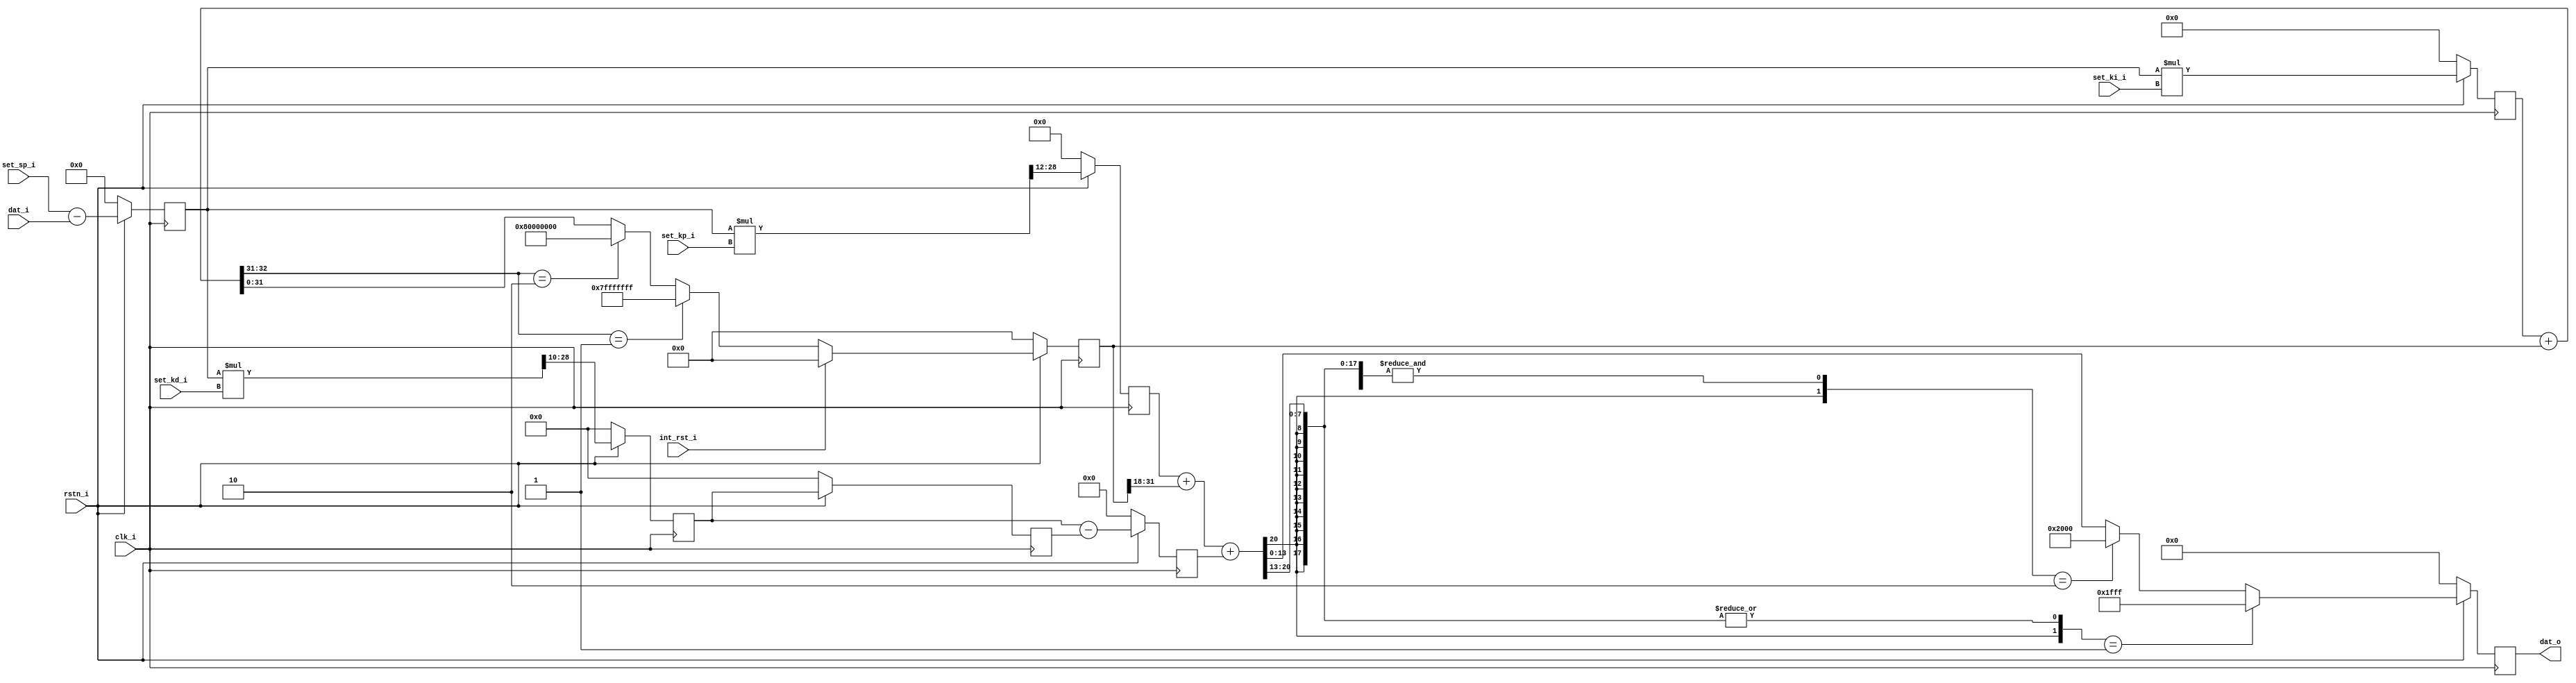
/**
 * $Id: red_pitaya_pid_block.v 961 2014-01-21 11:40:39Z matej.oblak $
 *
 * @brief Red Pitaya PID controller.
 *
 * @Author Matej Oblak
 *
 * (c) Red Pitaya  http://www.redpitaya.com
 *
 * This part of code is written in Verilog hardware description language (HDL).
 * Please visit http://en.wikipedia.org/wiki/Verilog
 * for more details on the language used herein.
 */



/**
 * GENERAL DESCRIPTION:
 *
 * Proportional-integral-derivative (PID) controller.
 *
 *
 *        /---\         /---\      /-----------\
 *   IN --| - |----+--> | P | ---> | SUM & SAT | ---> OUT
 *        \---/    |    \---/      \-----------/
 *          ^      |                   ^  ^
 *          |      |    /---\          |  |
 *   set ----      +--> | I | ---------   |
 *   point         |    \---/             |
 *                 |                      |
 *                 |    /---\             |
 *                 ---> | D | ------------
 *                      \---/
 *
 *
 * Proportional-integral-derivative (PID) controller is made from three parts. 
 *
 * Error which is difference between set point and input signal is driven into
 * propotional, integral and derivative part. Each calculates its own value which
 * is then summed and saturated before given to output.
 *
 * Integral part has also separate input to reset integrator value to 0.
 * 
 */




module red_pitaya_pid_block #(
   parameter     PSR = 12         ,
   parameter     ISR = 18         ,
   parameter     DSR = 10          
)
(
   // data
   input                 clk_i           ,  // clock
   input                 rstn_i          ,  // reset - active low
   input      [ 14-1: 0] dat_i           ,  // input data
   output     [ 14-1: 0] dat_o           ,  // output data

   // settings
   input      [ 14-1: 0] set_sp_i        ,  // set point
   input      [ 14-1: 0] set_kp_i        ,  // Kp
   input      [ 14-1: 0] set_ki_i        ,  // Ki
   input      [ 14-1: 0] set_kd_i        ,  // Kd
   input                 int_rst_i          // integrator reset
);




//---------------------------------------------------------------------------------
//  Set point error calculation

reg  [ 15-1: 0] error        ;

always @(posedge clk_i) begin
   if (rstn_i == 1'b0) begin
      error <= 15'h0 ;
   end
   else begin
      error <= $signed(set_sp_i) - $signed(dat_i) ;
   end
end








//---------------------------------------------------------------------------------
//  Proportional part

reg   [29-PSR-1: 0] kp_reg        ;
wire  [    29-1: 0] kp_mult       ;

always @(posedge clk_i) begin
   if (rstn_i == 1'b0) begin
      kp_reg  <= {29-PSR{1'b0}};
   end
   else begin
      kp_reg <= kp_mult[29-1:PSR] ;
   end
end

assign kp_mult = $signed(error) * $signed(set_kp_i);








//---------------------------------------------------------------------------------
//  Integrator

reg   [    29-1: 0] ki_mult       ;
wire  [    33-1: 0] int_sum       ;
reg   [    32-1: 0] int_reg       ;
wire  [32-ISR-1: 0] int_shr       ;

always @(posedge clk_i) begin
   if (rstn_i == 1'b0) begin
      ki_mult  <= {29{1'b0}};
      int_reg  <= {32{1'b0}};
   end
   else begin
      ki_mult <= $signed(error) * $signed(set_ki_i) ;

      if (int_rst_i)
         int_reg <= 32'h0; // reset
      else if (int_sum[33-1:33-2] == 2'b01) // positive saturation
         int_reg <= 32'h7FFFFFFF; // max positive
      else if (int_sum[33-1:33-2] == 2'b10) // negative saturation
         int_reg <= 32'h80000000; // max negative
      else
         int_reg <= int_sum[32-1:0]; // use sum as it is
   end
end

assign int_sum = $signed(ki_mult) + $signed(int_reg) ;
assign int_shr = int_reg[32-1:ISR] ;






//---------------------------------------------------------------------------------
//  Derivative

wire  [    29-1: 0] kd_mult       ;
reg   [29-DSR-1: 0] kd_reg        ;
reg   [29-DSR-1: 0] kd_reg_r      ;
reg   [29-DSR  : 0] kd_reg_s      ;


always @(posedge clk_i) begin
   if (rstn_i == 1'b0) begin
      kd_reg   <= {29-DSR{1'b0}};
      kd_reg_r <= {29-DSR{1'b0}};
      kd_reg_s <= {29-DSR+1{1'b0}};
   end
   else begin
      kd_reg   <= kd_mult[29-1:DSR] ;
      kd_reg_r <= kd_reg;
      kd_reg_s <= $signed(kd_reg) - $signed(kd_reg_r);
   end
end

assign kd_mult = $signed(error) * $signed(set_kd_i) ;












//---------------------------------------------------------------------------------
//  Sum together - saturate output

wire  [   33-1: 0] pid_sum     ; // biggest posible bit-width
reg   [   14-1: 0] pid_out     ;

always @(posedge clk_i) begin
   if (rstn_i == 1'b0) begin
      pid_out    <= 14'b0 ;
   end
   else begin
      if ({pid_sum[33-1],|pid_sum[32-2:13]} == 2'b01) //positive overflow
         pid_out <= 14'h1FFF ;
      else if ({pid_sum[33-1],&pid_sum[33-2:13]} == 2'b10) //negative overflow
         pid_out <= 14'h2000 ;
      else
         pid_out <= pid_sum[14-1:0] ;
   end
end

assign pid_sum = $signed(kp_reg) + $signed(int_shr) + $signed(kd_reg_s) ;






assign dat_o = pid_out ;



endmodule